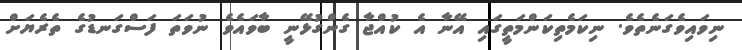
ނިވައިވެގަނެތެވެ. ނިކަމެތިކަންމަތީގައި އޭނާ އެ ކުއްޖާ ގެންގުޅޭނީ ބާވައެވެ ނުވަތަ ފަސްގަނޑުގެ ތެރެޔަށް